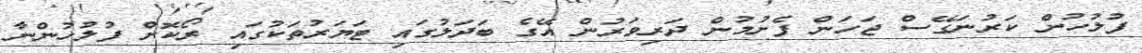
ފުލުހުން ކަރުނަގޭސް ޖަހަން ފެށުމުން ދަރިވަރުން އޭގެ ބަދަލުގައި ޓަޔަރުތަކުގައި ރޯކޮށް ފުލުހުންނާ